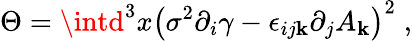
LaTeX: \Theta=\intd^{3}x\left(\sigma^{2}\partial_{i}\gamma-\epsilon_{ij\mathbf{k}}\partial_{j}A_{\mathbf{k}}\right)^{2}\; ,